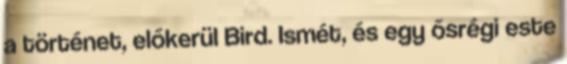
a történet, előkerül Bird. Ismét, és egy ősrégi este